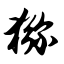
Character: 猕